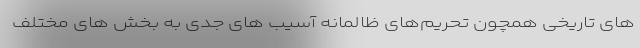
های تاریخی همچون تحریم‌های ظالمانه آسیب های جدی به بخش های مختلف